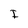
Character: I